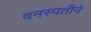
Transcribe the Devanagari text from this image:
वनस्पतीने